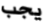
يجب